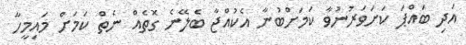
އަދި ބައްޕަ ކަށަވަރުނުވާ ކަމަށްބުނާ އެކުއްޖާ ބެލޭނެ ގޮތެއް ނެތް ކަމަށް މައިމީހާ